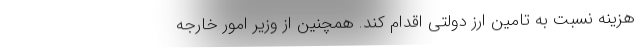
هزینه نسبت به تامین ارز دولتی اقدام کند. همچنین از وزیر امور خارجه